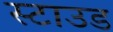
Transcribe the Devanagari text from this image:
स्टाउड